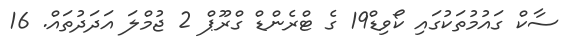
ސާކް ގައުމުތަކުގައި ކޯވިޑް19 ގެ ޓްރެންޑް ގްރޫޕް 2 ޖުމްލަ އަދަދުތައް. 16